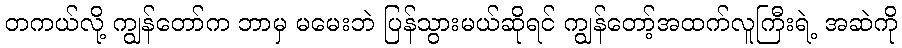
တကယ်လို့ ကျွန်တော်က ဘာမှ မမေးဘဲ ပြန်သွားမယ်ဆိုရင် ကျွန်တော့်အထက်လူကြီးရဲ့ အဆဲကို